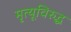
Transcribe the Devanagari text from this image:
मृत्यूविरुद्ध